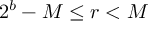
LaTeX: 2 ^ { b } - M \leq r < M